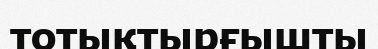
тотықтырғышты